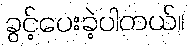
ခွင့်ပေးခဲ့ပါတယ်။